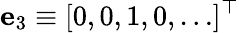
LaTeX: \mathbf{e}_{3}\equiv[0,0,1,0,\ldots]^{\top}